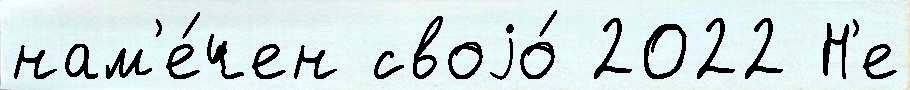
нам'е́чен своjо́ 2022 Н'е